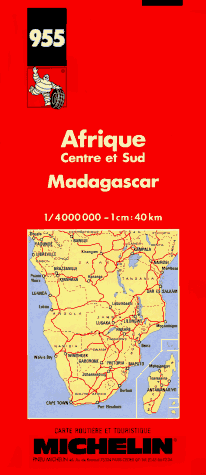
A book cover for Michelin Africa Central, South, and Madagascar Map No. 955 (Michelin Maps & Atlases); Michelin Travel Publications; Travel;